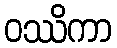
ဝဿိကာ